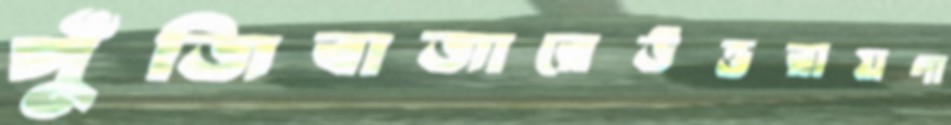
পুঁজিবাজারেউত্তরায়ণা